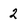
Character: 2